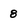
Character: 8